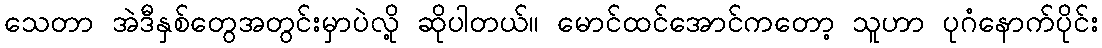
သေတာ အဲဒီနှစ်တွေအတွင်းမှာပဲလို့ ဆိုပါတယ်။ မောင်ထင်အောင်ကတော့ သူဟာ ပုဂံနောက်ပိုင်း